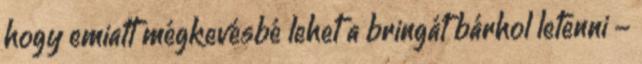
hogy emiatt mégkevésbé lehet a bringát bárhol letenni -